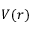
V ( r )